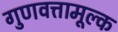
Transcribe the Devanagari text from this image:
गुणवत्तामूल्क